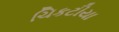
ચિકટીયા